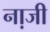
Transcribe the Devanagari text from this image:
ना़जी